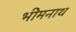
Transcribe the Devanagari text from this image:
भीमनाथ